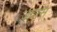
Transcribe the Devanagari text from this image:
डवास